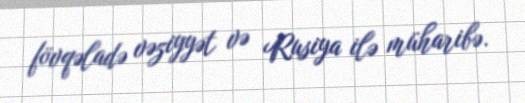
fövqəladə vəziyyət və Rusiya ilə müharibə.